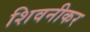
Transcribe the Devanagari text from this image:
शिवनीकर